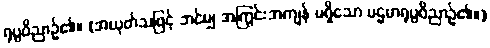
ရုပ္ပဝိညာဉ်၏။ (အယုတ်သဖြင့် ဘင်မျှ အကြွင်းအကျန် မရှိသော ပဌမာရုပ္ပဝိညာဉ်၏။)